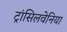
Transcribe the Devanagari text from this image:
ट्रांसिलवेनिया